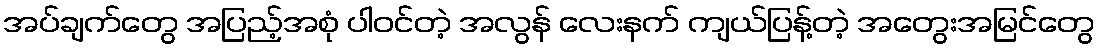
အပ်ချက်တွေ အပြည့်အစုံ ပါဝင်တဲ့ အလွန် လေးနက် ကျယ်ပြန့်တဲ့ အတွေးအမြင်တွေ